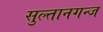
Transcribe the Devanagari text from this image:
सुल्तानगन्ज